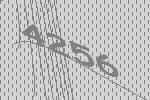
4256